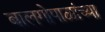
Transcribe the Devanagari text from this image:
बालगोपाळांच्या